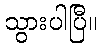
သွားပါပြီ။